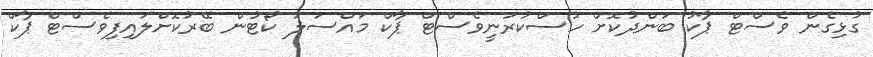
ގުޅިގެން ވެސްޓް ޕާކު ބަންދުކޮށް ހުސްކުރަނީވެސްޓް ޕާކް މައްސަލަ ކޯޓުން ބޭރުކޮށްލައިފިވެސްޓް ޕާކް